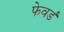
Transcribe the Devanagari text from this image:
फेवर्ड